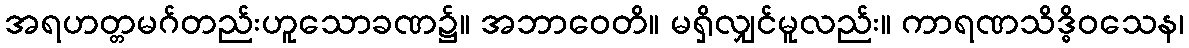
အရဟတ္တမဂ်တည်းဟူသောခဏ၌။ အဘာဝေတိ။ မရှိလျှင်မူလည်း။ ကာရဏသိဒ္ဓိဝသေန၊